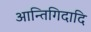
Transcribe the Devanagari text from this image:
आन्तिगिदादि